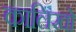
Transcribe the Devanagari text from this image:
कालिखो